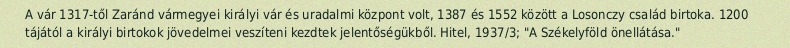
A vár 1317-től Zaránd vármegyei királyi vár és uradalmi központ volt, 1387 és 1552 között a Losonczy család birtoka. 1200 tájától a királyi birtokok jövedelmei veszíteni kezdtek jelentőségükből. Hitel, 1937/3; "A Székelyföld önellátása."